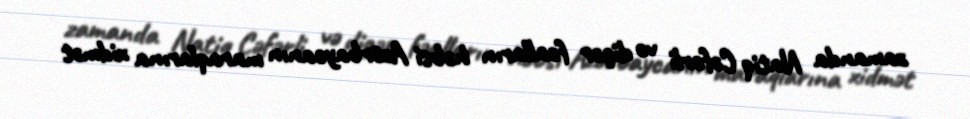
zamanda Natiq Cəfərli və digər fəalların həbsi Azərbaycanın maraqlarına xidmət